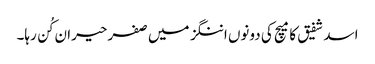
اسد شفیق کا میچ کی دونوں اننگز میں صفر حیران کُن رہا۔